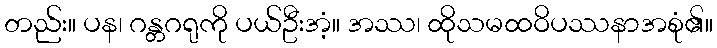
တည်း။ ပန၊ ဂန္တဂရုကို ပယ်ဦးအံ့။ အဿ၊ ထိုသမထဝိပဿနာအစုံ၏။